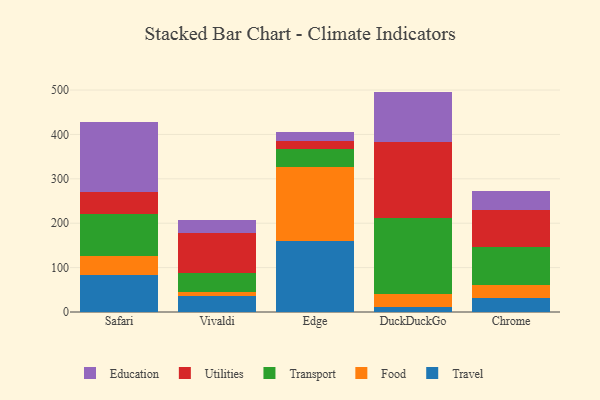
{"axis": {"x": "Browser", "y": "Bounce Rate (%)"}, "legend": ["Education", "Food", "Transport", "Travel", "Utilities"], "data": [{"x": "Safari", "y": 82.7, "type": "Travel"}, {"x": "Safari", "y": 42.7, "type": "Food"}, {"x": "Safari", "y": 95.3, "type": "Transport"}, {"x": "Safari", "y": 50.1, "type": "Utilities"}, {"x": "Safari", "y": 156.5, "type": "Education"}, {"x": "Vivaldi", "y": 36.0, "type": "Travel"}, {"x": "Vivaldi", "y": 8.1, "type": "Food"}, {"x": "Vivaldi", "y": 43.2, "type": "Transport"}, {"x": "Vivaldi", "y": 89.8, "type": "Utilities"}, {"x": "Vivaldi", "y": 29.4, "type": "Education"}, {"x": "Edge", "y": 159.7, "type": "Travel"}, {"x": "Edge", "y": 166.1, "type": "Food"}, {"x": "Edge", "y": 42.0, "type": "Transport"}, {"x": "Edge", "y": 17.2, "type": "Utilities"}, {"x": "Edge", "y": 21.4, "type": "Education"}, {"x": "DuckDuckGo", "y": 10.2, "type": "Travel"}, {"x": "DuckDuckGo", "y": 29.5, "type": "Food"}, {"x": "DuckDuckGo", "y": 172.6, "type": "Transport"}, {"x": "DuckDuckGo", "y": 170.4, "type": "Utilities"}, {"x": "DuckDuckGo", "y": 113.8, "type": "Education"}, {"x": "Chrome", "y": 30.7, "type": "Travel"}, {"x": "Chrome", "y": 30.3, "type": "Food"}, {"x": "Chrome", "y": 85.8, "type": "Transport"}, {"x": "Chrome", "y": 83.9, "type": "Utilities"}, {"x": "Chrome", "y": 42.2, "type": "Education"}]}